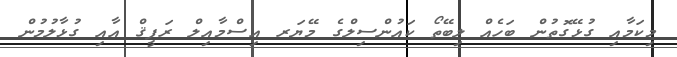
މިކަމާއި ގުޅޭގޮތުން ބަހެއް ލިބޭތޯ ކައުންސިލްގެ މޭޔަރ އިސްމާއިލް ރަފީޤް އާއި ގުޅާލުމުން